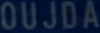
OUJDA